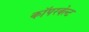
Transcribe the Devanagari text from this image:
कॉपरबेल्ट